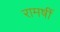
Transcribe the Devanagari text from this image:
रामर्षी